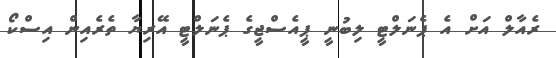
ރެއާލް އަށް އެ ޕެނަލްޓީ ލިބުނީ ޕީއެސްޖީގެ ޕެނަލްޓީ އޭރިޔާ ތެރެއިން އިސްކޯ